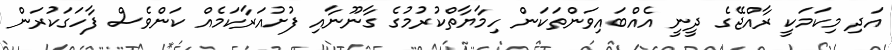
އަދި މިކަމަކީ ރާއްޖޭގެ ދީނީ އެއްބައިވަންތަކަން ހިމާޔާތްކުރުމުގެ ގާނޫނާއި ފުށުއަރާކަމެއް ކަންވެސް ފާހަގަކުރަން